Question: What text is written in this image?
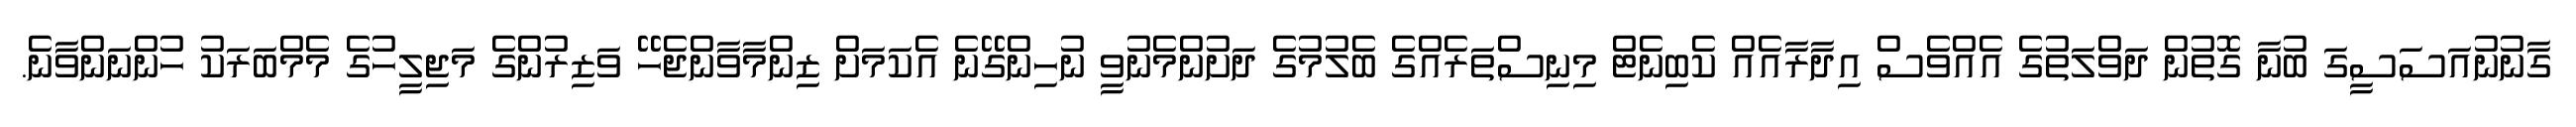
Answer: ގާނުނުއަސަސީގަ ބުނާ ގޮތުން ދަވްލަތުގެ އެއްވެސް އިދާރާއެއް ކެބިނެޓް މިނިސްތަރެއްގެ ބެލުމުގެ ދަށުންމެނުވީ ނުހިންގޭނެ އެކަމަށް ޒިންމާވާންޖެހޭ ވަޒިރުންގެ މަޖިލީހުގެ މެމްބަރަކު ހުންނަންވާނެ.